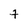
Character: 7